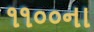
૧૧૦૦ના